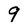
Character: 9